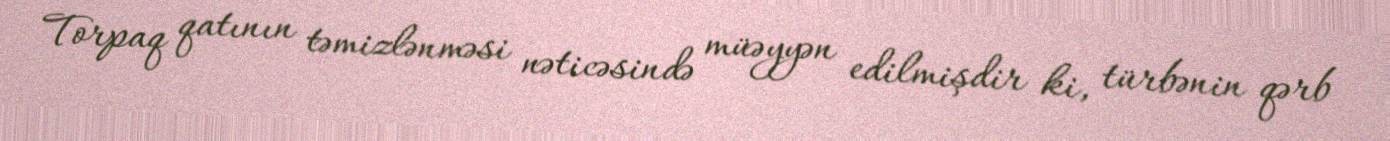
Torpaq qatının təmizlənməsi nəticəsində müəyyən edilmişdir ki, türbənin qərb